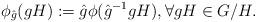
LaTeX: \begin{align*}\phi_{\hat g} (gH):= {\hat g} \phi ({\hat g}^{-1} gH), \forall gH \in G/H.\end{align*}